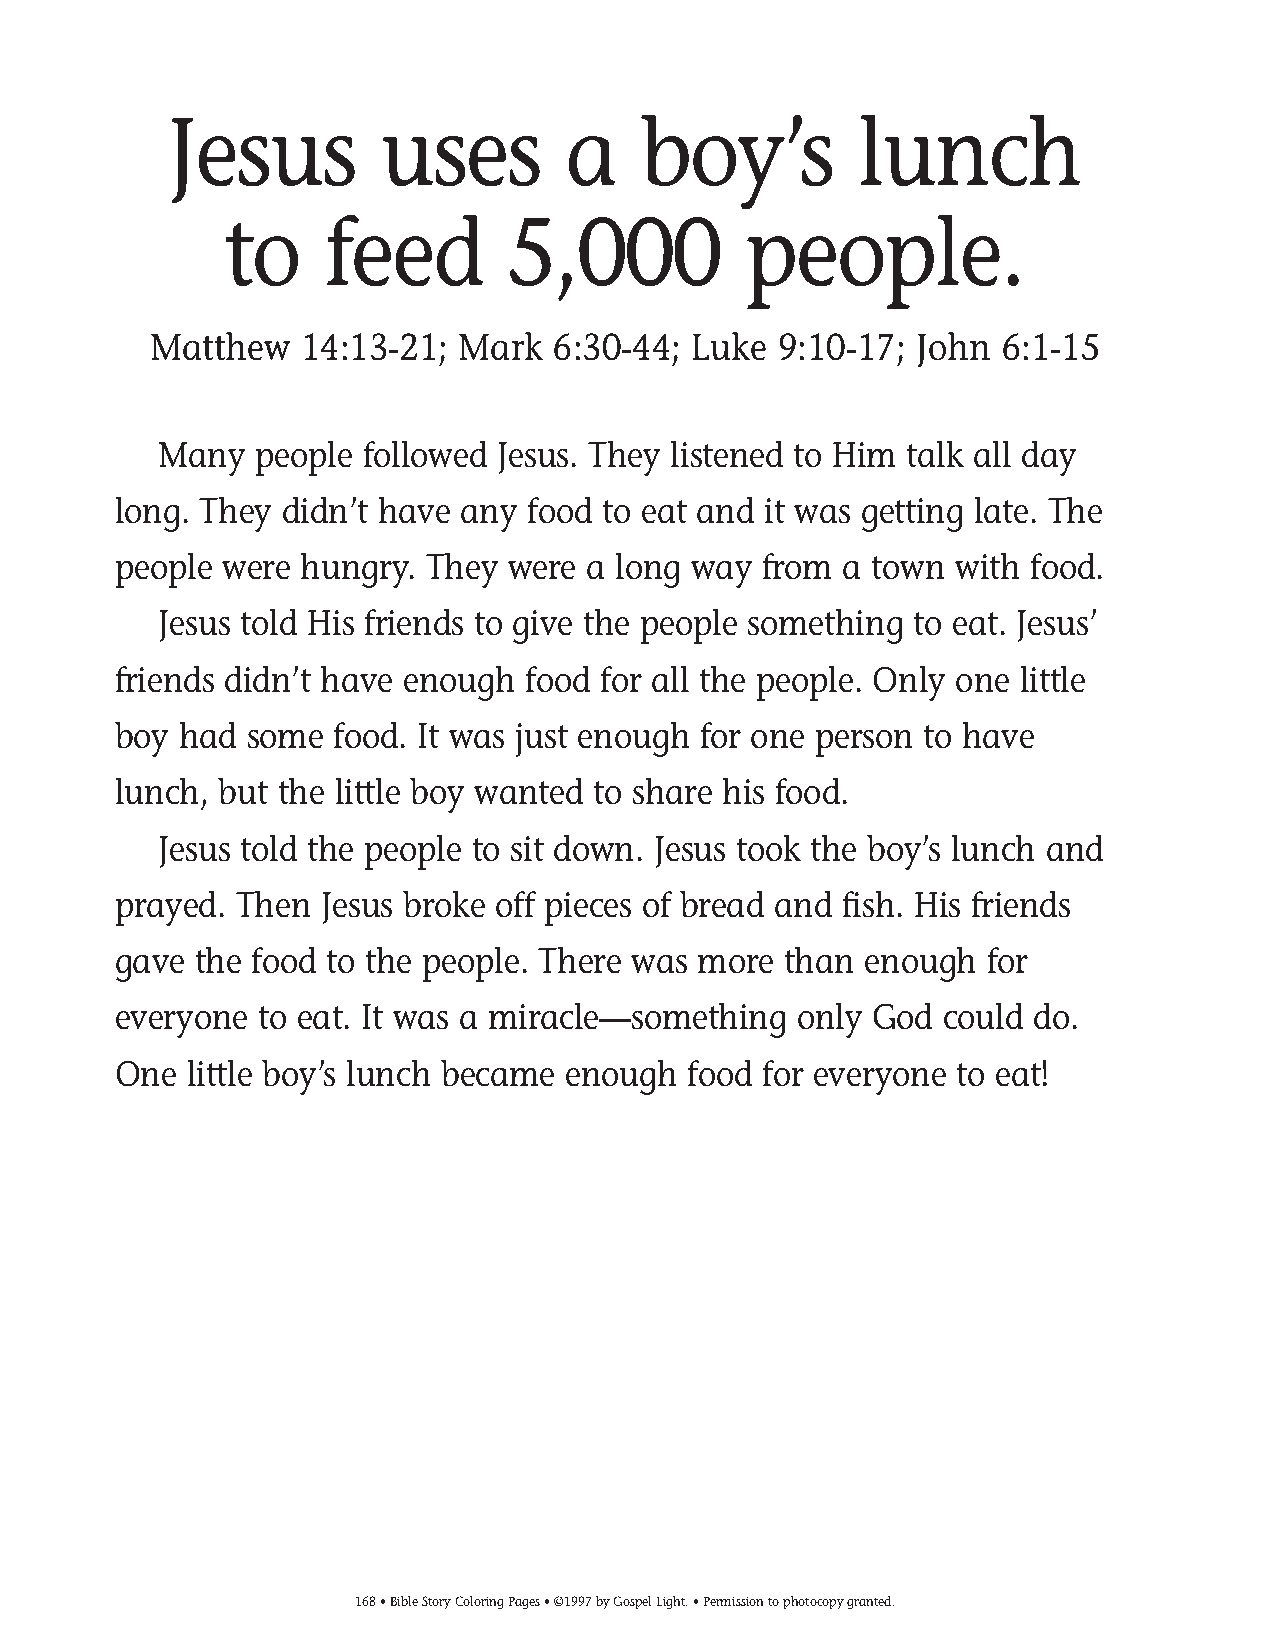
155-184 Coloring pgs_155-184 Coloring pgs 2/19/14 11:49 AM Page 168
 Jesus         uses        a    boy’s         lunch
 to     feed        5,000           people.
 Matthew   14:13-21;  Mark  6:30-44; Luke  9:10-17; John  6:1-15
 Many  people followed Jesus. They listened to Him talk all day
 long. They didn’t have any food to eat and it was getting late. The
 people were hungry.  They were a long way  from a town  with food.
 Jesus told His friends to give the people something to eat. Jesus’
 friends didn’t have enough food for all the people. Only one little
 boy had  some  food. It was just enough for one person to have
 lunch, but the little boy wanted to share his food.
 Jesus told the people to sit down. Jesus took the boy’s lunch and
 prayed. Then  Jesus broke off pieces of bread and fish. His friends
 gave the food to the people. There was more than  enough  for
 everyone  to eat. It was a miracle—something only God  could do.
 One  little boy’s lunch became enough food for everyone to eat!
 168• Bible Story Coloring Pages • ©1997 by Gospel Light. • Permission to photocopy granted.